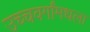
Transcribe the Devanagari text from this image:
उच्चवर्गांमधला